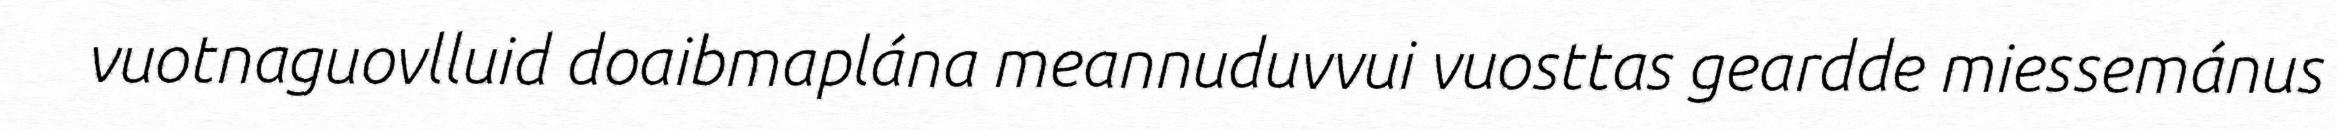
vuotnaguovlluid doaibmaplána meannuduvvui vuosttas geardde miessemánus